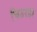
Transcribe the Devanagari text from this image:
चिउरहा